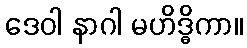
ဒေဝါ နာဂါ မဟိဒ္ဓိကာ။